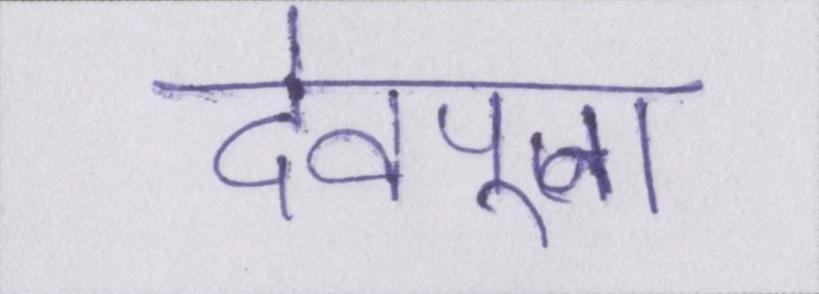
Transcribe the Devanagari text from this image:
देवपूजा